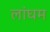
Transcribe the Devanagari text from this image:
लांघम